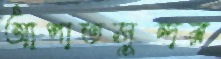
আপাতসুন্দর